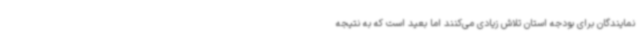
نمایندگان برای بودجه استان تلاش زیادی می‌کنند اما بعید است که به نتیجه